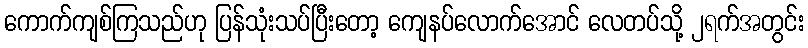
ကောက်ကျစ်ကြသည်ဟု ပြန်သုံးသပ်ပြီးတော့ ကျေနပ်လောက်အောင် လေတပ်သို့ ၂ရက်အတွင်း